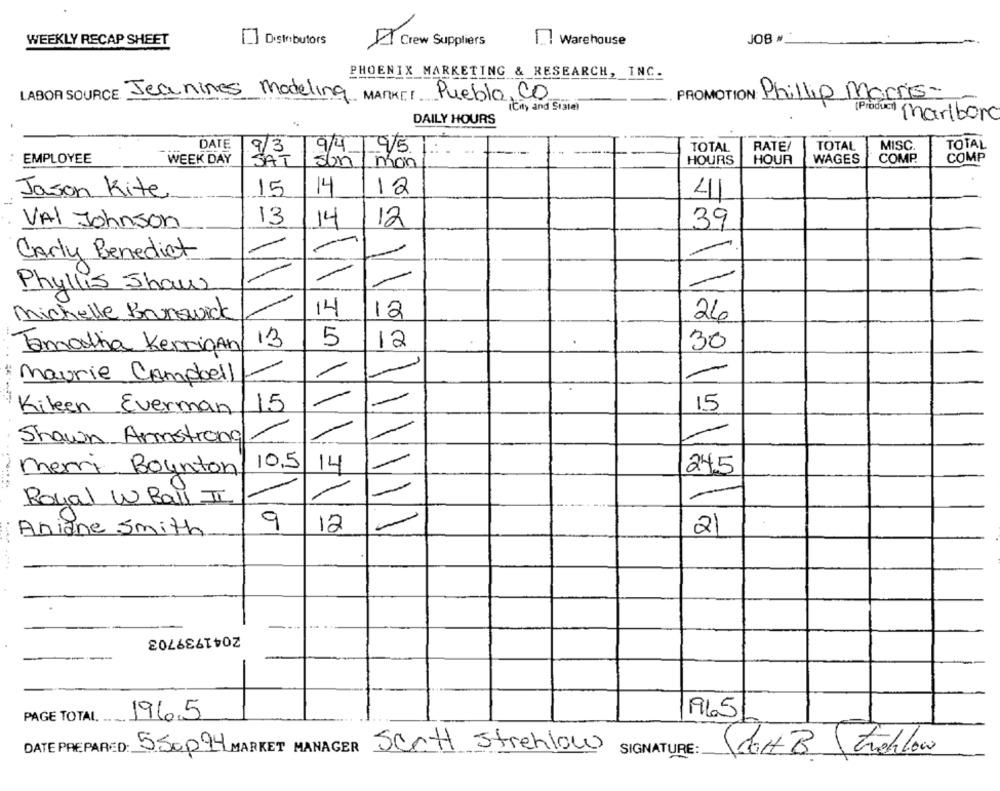
JOB #*
WEEKLY RECAP SHEET
Distributors
A Crew Suppliers
1.1 Warehouse
PHOENIX MARKETING & RESEARCH, INC.
Pueblo, Co
PROMOTION Phillip Morris-
LABOR SOURCE Jeanines Modeling MARKEI
(City and State)
DAILY HOURS
(Product) Marlboro
DATE
9/4
195
TOTAL
RATE/
TOTAL
MISC
TOTAL
: EMPLOYEE
WEEK DAY
WAGES
COMP.
COMP
SAT
son
mon
HOURS
HOUR
14
Jason Kite
15
12
41
13
14
VAL Johnson
12
39
-
Carly Benedict
-
Phyllis Show
Michelle Brunswick
14
12
26
13
5
12
30
Tamanha Kerrigan
-
Maurie Campbell
Kilen Everman
15
15
/
Shawn Armstrong
10.5
14
245
Merri Boynton
Royal W Ball II
9
12
-
21
Aniane Smith
2041939703
PAGE TOTAL
196.5
1965/
DATE PREPARED: 550094 MARKET MANAGER Scott Strenlow
Stort B Ficklow
SIGNATURE: